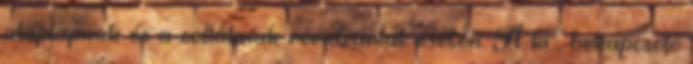
alaplapnak és a celláknak rövidzárlat esetén. A ki-, bekapcsoló